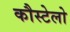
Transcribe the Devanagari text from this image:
कौस्टेलो